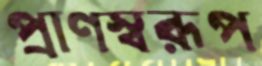
প্রাণস্বরূপ